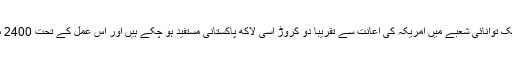
سفارت خانے سے جاری بیان کے مطابق 2011 سے اب تک توانائی شعبے میں امریکہ کی اعانت سے تقریباً دو کروڑ اسّی لاکھ پاکستانی مستفید ہو چکے ہیں اور اس عمل کے تحت 2400 میگاواٹ بجلی پاکستان کی نیشنل گرڈ میں شامل کی گئی ہے۔